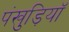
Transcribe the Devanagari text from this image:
पंखुड़ियॉ